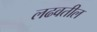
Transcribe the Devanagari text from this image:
लढवतील